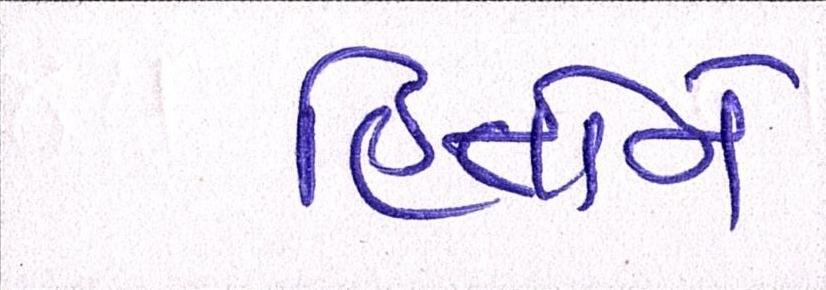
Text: હિતોને